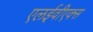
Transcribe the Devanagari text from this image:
एलईवीएक्स